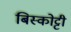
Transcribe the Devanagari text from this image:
बिस्कोट्टी